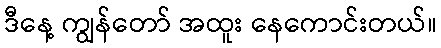
ဒီနေ့ ကျွန်တော် အထူး နေကောင်းတယ်။